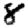
Digit: 8